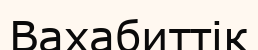
Вахабиттік